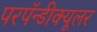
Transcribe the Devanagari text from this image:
परपॅन्डीक्यूलर